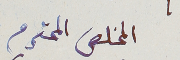
المخلص المحترم